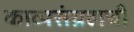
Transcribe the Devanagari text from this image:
काव्यसंग्रहाची